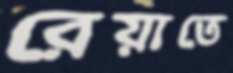
রেয়াতে